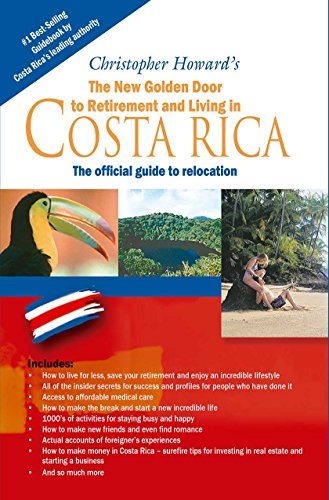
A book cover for The New Golden Door to Retirement and Living in Costa Rica; Christopher Howard; Travel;